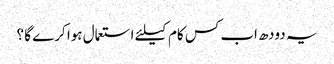
یہ دودھ اب کس کام کیلئے استعمال ہوا کرے گا ؟